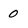
Character: 0